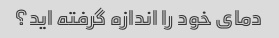
دمای خود را اندازه گرفته اید؟